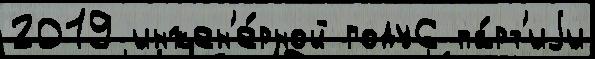
2019 инжен'е́рной году6 па́рт'иjи